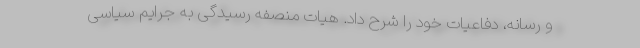
و رسانه، دفاعیات خود را شرح داد. هیات منصفه رسیدگی به جرایم سیاسی